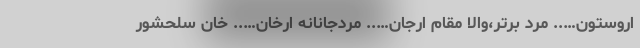
اروستون….. مرد برتر،والا مقام ارجان….. مردجانانه ارخان….. خان سلحشور